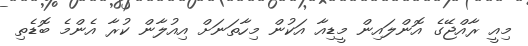
މިއީ ރާއްޖޭގެ އޮންލައިން މީޑިއާ އަކުން މިހާތަނަށް އިއުލާން ކުރާ އެންމެ ބޮޑެތި